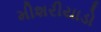
મીશરીયાડો